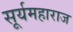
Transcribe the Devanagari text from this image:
सूर्यमहाराज